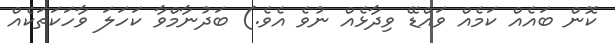
ކޮން ބައެއް ކަމެއް ވައްޑޭ ވިދާޅެއް ނުވެ އެވެ.) ބަދުނާމްވާ ކަހަލަ ވާހަކަތަކެއް